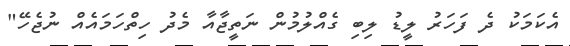
އެކަމަކު ދެ ފަހަރު ލީޑު ލިބި ގެއްލުމުން ނަތީޖާއާ މެދު ހިތްހަމައެއް ނުޖެހޭ"